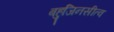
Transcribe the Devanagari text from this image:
बहुजिनसीत्व